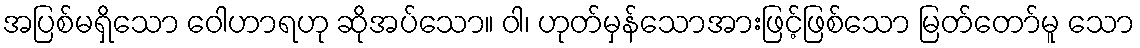
အပြစ်မရှိသော ဝေါဟာရဟု ဆိုအပ်သော။ ဝါ၊ ဟုတ်မှန်သောအားဖြင့်ဖြစ်သော မြတ်တော်မူ သော